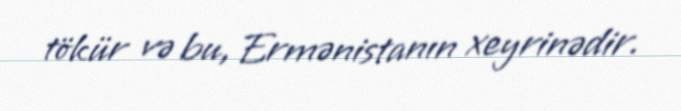
tökür və bu, Ermənistanın xeyrinədir.